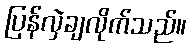
ပြန်လှဲချလိုက်သည်။